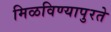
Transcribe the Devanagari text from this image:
मिळविण्यापुरते